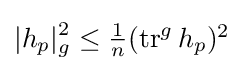
|h_{p}|_{g}^{2}\leq \textstyle {\frac {1}{n}}(\operatorname {tr} ^{g}h_{p})^{2}